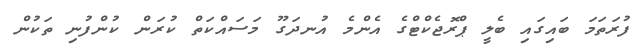
ފުރަތަމަ ބައިގައި ބެލީ ޕްރޮޖެކްޓްގެ އެންމެ އުނދަގޫ މަސައްކަތް ކުރަން ކުންފުނި ތަކުން